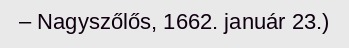
– Nagyszőlős, 1662. január 23.)